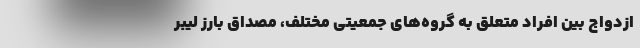
ازدواج بین افراد متعلق به گروه‌های جمعیتیِ مختلف، مصداق بارز لیبر